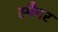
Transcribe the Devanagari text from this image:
स्पैमर